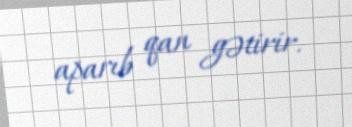
aparıb qan gətirir.